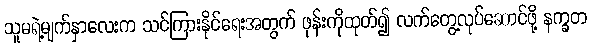
သူမရဲ့မျက်နှာလေးက သင်ကြားနိုင်ရေးအတွက် ဖုန်းကိုထုတ်၍ လက်တွေ့လုပ်ဆောင်ဖို့ နက္ခတ